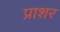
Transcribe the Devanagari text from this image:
प्राशर